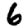
Digit: 6